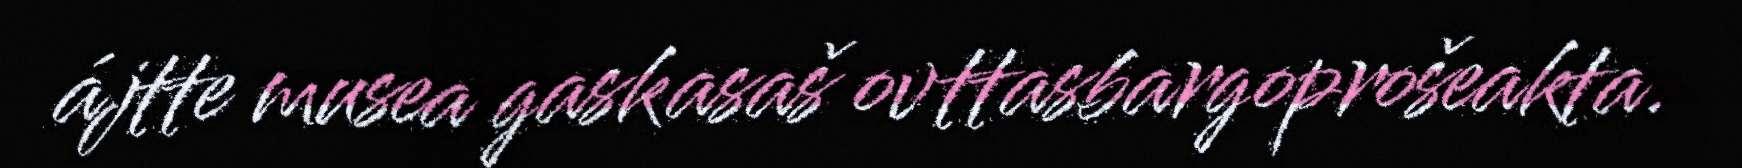
ájtte musea gaskasaš ovttasbargoprošeakta.